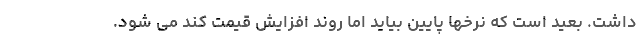
داشت. بعید است که نرخها پایین بیاید اما روند افزایش قیمت کند می شود.